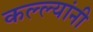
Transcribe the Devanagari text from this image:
कल्ल्यांनी